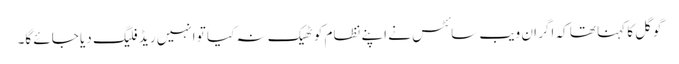
گوگل کا کہنا تھا کہ اگر ان ویب سائٹس نے اپنے نظام کو ٹھیک نہ کیا تو انہیں ریڈ فلیگ دیا جائے گا۔